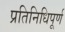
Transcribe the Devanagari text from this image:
प्रतिनिधिपूर्ण